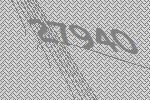
27940